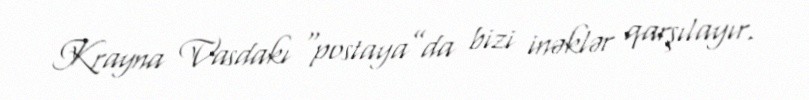
Krayna Vasdakı “postaya”da bizi inəklər qarşılayır.